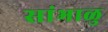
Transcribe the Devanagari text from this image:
सांभाळु